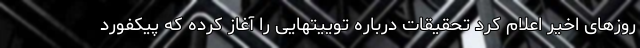
روزهای اخیر اعلام کرد تحقیقات درباره توییتهایی را آغاز کرده که پیکفورد